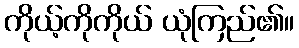
ကိုယ့်ကိုကိုယ် ယုံကြည်၏။